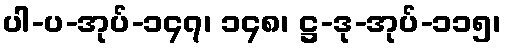
ပါ-ပ-အုပ်-၁၄၇၊ ၁၄၈၊ ဋ္ဌ-ဒု-အုပ်-၁၁၅၊